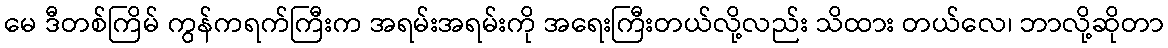
မေ ဒီတစ်ကြိမ် ကွန်ကရက်ကြီးက အရမ်းအရမ်းကို အရေးကြီးတယ်လို့လည်း သိထား တယ်လေ၊ ဘာလို့ဆိုတာ